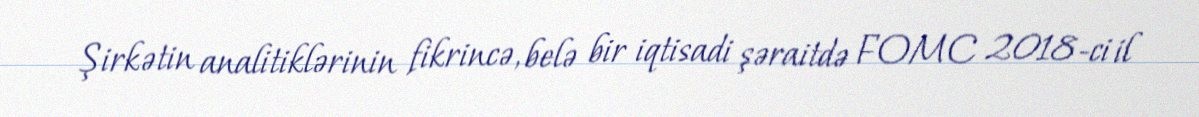
Şirkətin analitiklərinin fikrincə, belə bir iqtisadi şəraitdə FOMC 2018-ci il